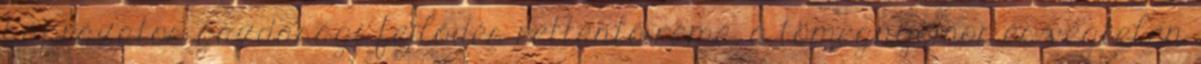
káprázatos gazdasági fejlődés rettentő réme, a tömegnyomor és végtelen